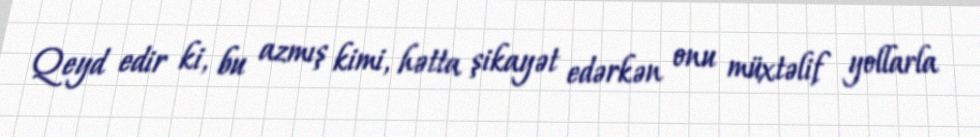
Qeyd edir ki, bu azmış kimi, hətta şikayət edərkən onu müxtəlif yollarla